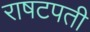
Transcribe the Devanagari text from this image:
राषटपती